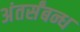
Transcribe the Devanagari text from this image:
अंतर्संबन्ध